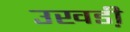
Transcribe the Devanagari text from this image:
उखडी़